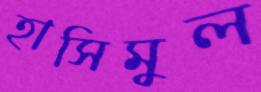
হাসিমুল